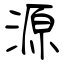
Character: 源